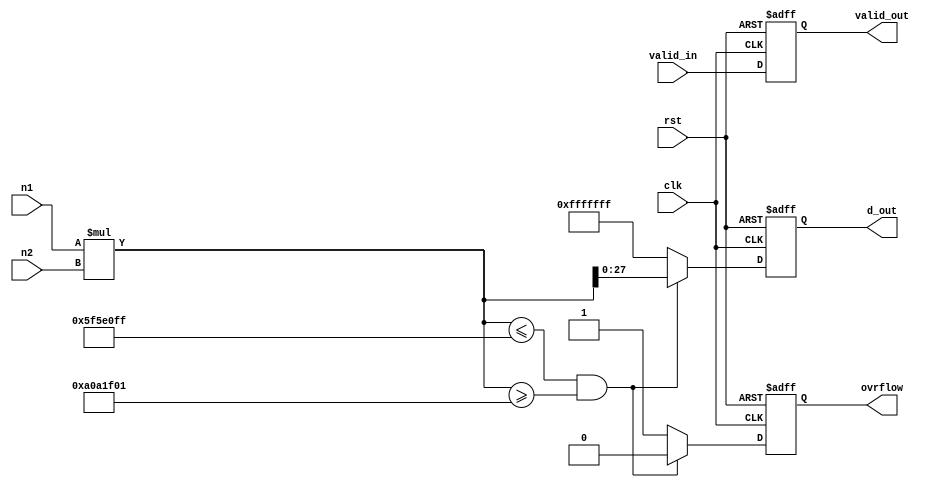
module produs(
 input signed [27:0] n1,  //numar in C2 27b + 1 bit de semn
 input signed [27:0] n2,  //numar in C2 27b + 1 bit de semn
 input valid_in,   //produsul va fi calculat la primirea semnalului de valid de la FSM
 input clk,
 input rst,
 output valid_out,
 output ovrflow,   //in caz ca produsul depaseste 99.999.999 il setam pe 1
 output signed [27:0] d_out   //produsul celor doua numere, daca ovrflow e pe 1 va fi 1111111111111111111111111111
);

wire signed [54:0] p;


reg  [27:0] d_nxt,d_ff;
reg ovr_nxt,ovr_ff;	
reg val_nxt,val_ff;


// assigns
assign d_out=d_ff[27:0];
assign ovrflow=ovr_ff;
assign valid_out=val_ff;

always @(*) begin
    //defaults
	d_nxt=d_ff;
	ovr_nxt=ovr_ff;
	val_nxt=val_ff;
	
	d_nxt= (p<=99_999_999 && p>=-99_999_999)?p[27:0]:  {28{1'b1}};
	ovr_nxt = (p<=99_999_999 && p>=-99_999_999)? (1'b0):(1'b1);
	val_nxt=valid_in;
end


always @(posedge clk or negedge rst) begin


  if(!rst) begin
    d_ff<=0;
	ovr_ff<=0;
	val_ff<=0;
  
  end else begin
	d_ff<=d_nxt;
	ovr_ff<=ovr_nxt;
	val_ff<=val_nxt;
  
  end

end


assign p=n1*n2;



endmodule